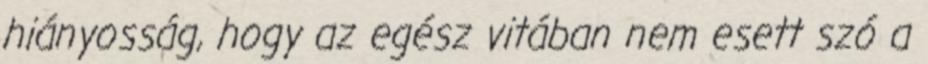
hiányosság, hogy az egész vitában nem esett szó a